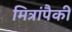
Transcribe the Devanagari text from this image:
मित्रांपैकी